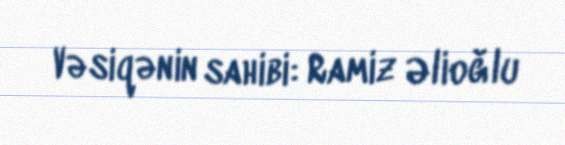
Vəsiqənin sahibi: Ramiz Əlioğlu